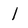
Character: I